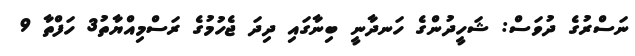
ނަސްރުގެ ދުވަސް: ޝަހީދުންގެ ހަނދާނީ ބިނާގައި ދިދަ ޖެހުމުގެ ރަސްމިއްޔާތު3 ހަފްތާ 9